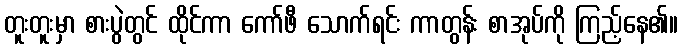
တူးတူးမှာ စားပွဲတွင် ထိုင်ကာ ကော်ဖီ သောက်ရင်း ကာတွန်း စာအုပ်ကို ကြည့်နေ၏။